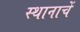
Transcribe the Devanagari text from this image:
स्थानाचें